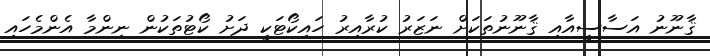
ޤާނޫނު އަސާސީއާއި ޤާނޫނުތަކަށް ނަޒަރު ކުރާއިރު ހައިކޯޓަކީ ދަށު ކޯޓުތަކުން ނިންމާ އެންމެހައި